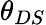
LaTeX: \theta_{DS}